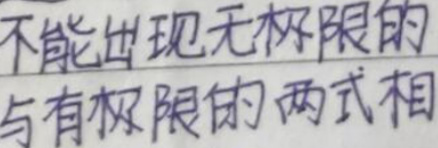
不能出现无极限的
与有极限的两式相